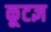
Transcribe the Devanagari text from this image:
कूटज्ञ